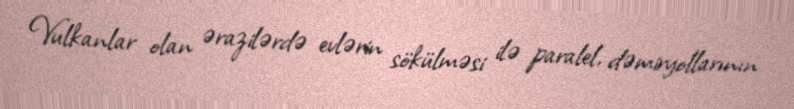
Vulkanlar olan ərazilərdə evlərin sökülməsi ilə paralel, dəmiryollarının